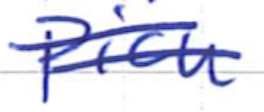
Text: pick
Cross-out: double-line
Writing tool: ballpoint